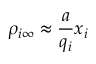
\rho _ { i \infty } \approx \frac { a } { q _ { i } } x _ { i }